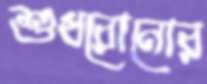
শুধরোনোর